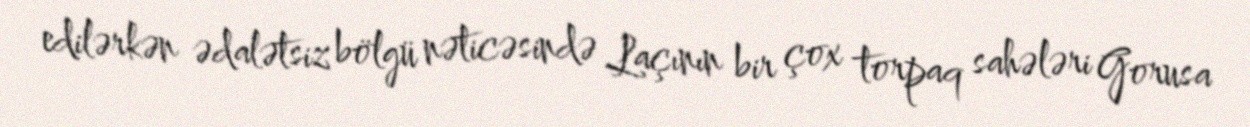
edilərkən ədalətsiz bölgü nəticəsində Laçının bir çox torpaq sahələri Gorusa